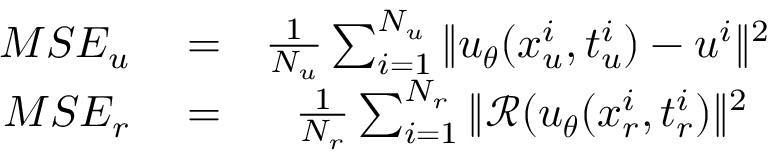
\begin{array} { r l r } { M S E _ { u } } & { { } = } & { \frac { 1 } { N _ { u } } \sum _ { i = 1 } ^ { N _ { u } } \| u _ { \boldsymbol { \theta } } ( x _ { u } ^ { i } , t _ { u } ^ { i } ) - u ^ { i } \| ^ { 2 } } \\ { M S E _ { r } } & { { } = } & { \frac { 1 } { N _ { r } } \sum _ { i = 1 } ^ { N _ { r } } \| \mathcal { R } ( u _ { \boldsymbol { \theta } } ( x _ { r } ^ { i } , t _ { r } ^ { i } ) \| ^ { 2 } \, \, \, } \end{array}